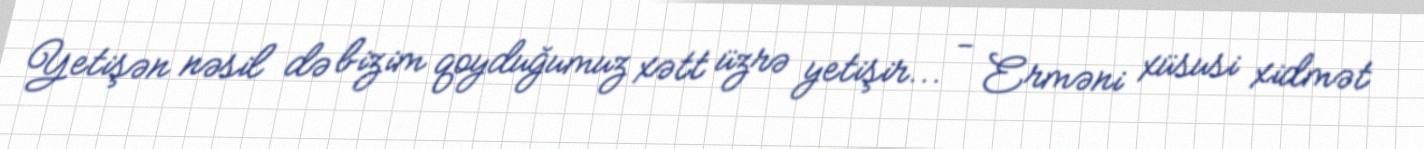
Yetişən nəsil də bizim qoyduğumuz xətt üzrə yetişir... - Erməni xüsusi xidmət